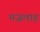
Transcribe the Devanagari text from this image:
मंज़लाह